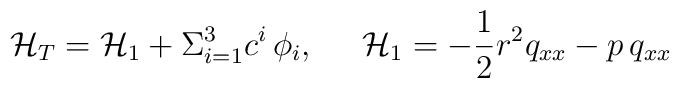
{\cal H}_{T} = {\cal H}_1  + \Sigma_{i=1}^3 c^i \, \phi_i,  \;\;\;\;\;{\cal H}_1 = - \frac{1}{2} r^2 q_{xx} - p \, q_{xx}